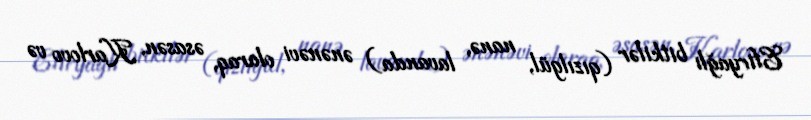
Efiryağlı bitkilər (qızılgül, nanə, lavanda) ənənəvi olaraq, əsasən, Karlovo və